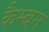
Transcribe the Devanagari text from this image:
कैम्बन